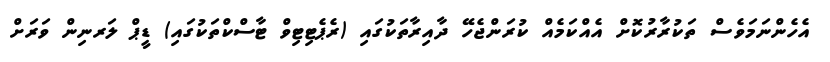
އެހެންނަމަވެސް ތަކުރާރުކޮށް އެއްކަމެއް ކުރަންޖެހޭ ދާއިރާތަކުގައި (ރެޕެޓިޓިވް ޓާސްކްތަކުގައި) ޑީޕް ލަރނިން ވަރަށް